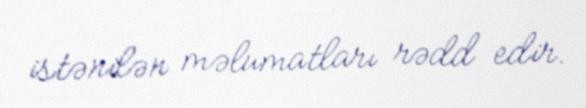
istənilən məlumatları rədd edir.